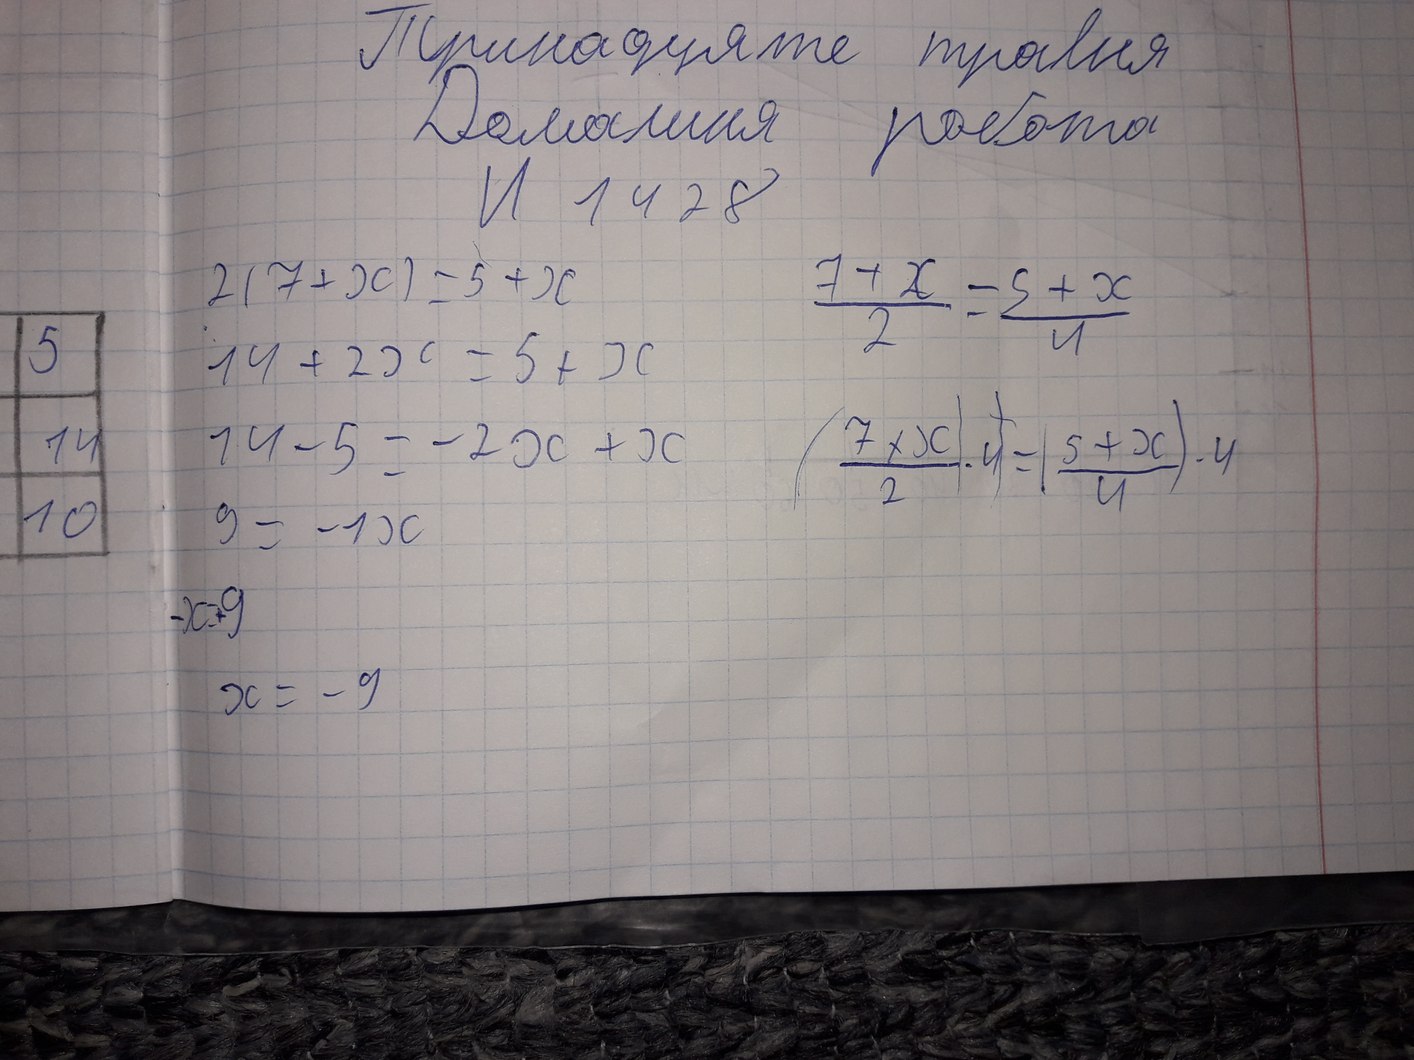
Тринадцяте травня
Домашня робота
N 1428
\frac{7 + x}{2} = \frac{s + x}{4}
2(7 + x) = 5 + x
10|14|5
14 + 2x = 5 + x
\frac{7 + x}{2} * 4 = \frac{s + x}{4} * 4
14 - 5 = -2x + x
9 = -1x
-x = 9
x = -9